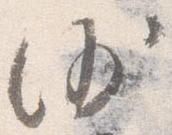
沙